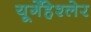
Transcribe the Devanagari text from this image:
यूर्गेंहेश्लेर